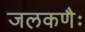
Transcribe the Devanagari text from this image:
जलकणैः